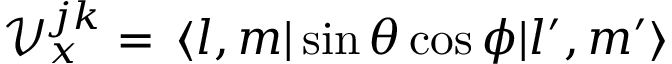
\mathcal V _ { x } ^ { j k } = \, \langle l , m | \sin \theta \cos \phi | l ^ { \prime } , m ^ { \prime } \rangle